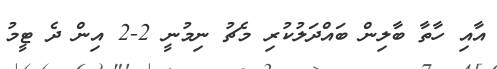
އާއި ހާތާ ބާލިން ބައްދަލުކުރި މެޗު ނިމުނީ 2-2 އިން ދެ ޓީމު